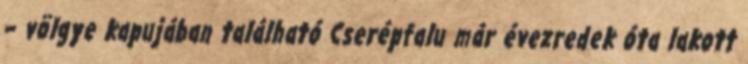
– völgye kapujában található Cserépfalu már évezredek óta lakott